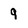
Character: 9